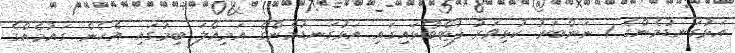
އަޅުގަނޑުމެންގެ 1 ނަންބަރު ކުޅިވަރު ފުޓްބޯޅައިގައި އަޅުގަނޑުމެންގެ އަމިއްލަ ބިމުގައި އެހެން ގައުމެއްގެ